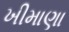
ખીમાણા